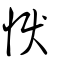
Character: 悷